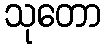
သုတော